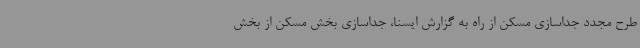
طرح مجدد جداسازی مسکن از راه به گزارش ایسنا، جداسازی بخش مسکن از بخش